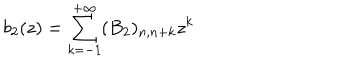
LaTeX: b _ { 2 } ( z ) = \sum _ { k = - 1 } ^ { + \infty } ( B _ { 2 } ) _ { n , n + k } z ^ { k }